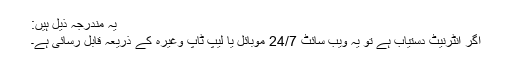
یہ مندرجہ ذیل ہیں:
اگر انٹرنیٹ دستیاب ہے تو یہ ویب سائٹ 24/7 موبائل یا لیپ ٹاپ وغیرہ کے ذریعہ قابل رسائی ہے۔